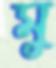
মু